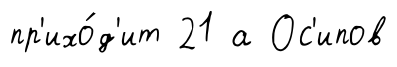
пр'ихо́д'ит 21 а Ос'ипов